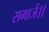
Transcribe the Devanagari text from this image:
समाजें।।